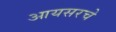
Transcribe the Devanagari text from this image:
आयसरचे